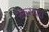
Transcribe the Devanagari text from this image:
रक्तस्नात